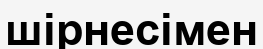
шірнесімен